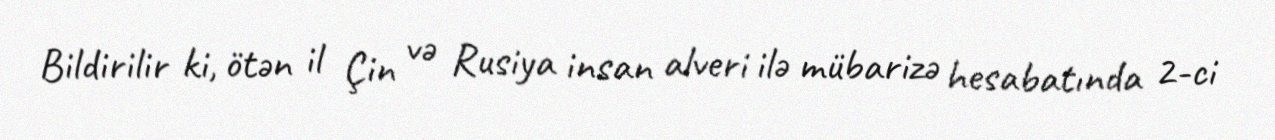
Bildirilir ki, ötən il Çin və Rusiya insan alveri ilə mübarizə hesabatında 2-ci